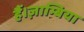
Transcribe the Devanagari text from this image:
हैं।ज़ाम्बिया